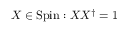
X \in \operatorname { S p i n } : X X ^ { \dagger } = 1